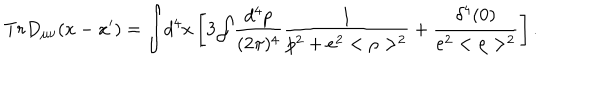
T r D _ { \mu \nu } ( x - x ^ { \prime } ) = { \int } d ^ { 4 } x \left[ 3 { \int } \frac { d ^ { 4 } p } { ( 2 \pi ) ^ { 4 } } \frac { 1 } { p ^ { 2 } + e ^ { 2 } < \rho > ^ { 2 } } + \frac { \delta ^ { 4 } ( 0 ) } { e ^ { 2 } < \rho > ^ { 2 } } \right] .